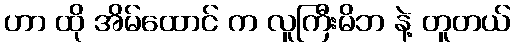
ဟာ ထို အိမ်ထောင် က လူကြီးမိဘ နဲ့ တူတယ်